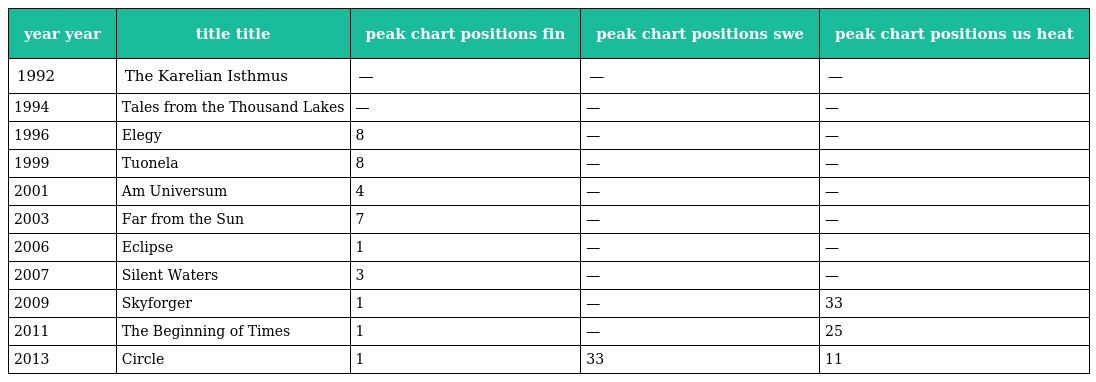
| year year | title title | peak chart positions fin | peak chart positions swe | peak chart positions us heat |
 | --- | --- | --- | --- | --- |
 | 1992 | The Karelian Isthmus | — | — | — |
 | 1994 | Tales from the Thousand Lakes | — | — | — |
 | 1996 | Elegy | 8 | — | — |
 | 1999 | Tuonela | 8 | — | — |
 | 2001 | Am Universum | 4 | — | — |
 | 2003 | Far from the Sun | 7 | — | — |
 | 2006 | Eclipse | 1 | — | — |
 | 2007 | Silent Waters | 3 | — | — |
 | 2009 | Skyforger | 1 | — | 33 |
 | 2011 | The Beginning of Times | 1 | — | 25 |
 | 2013 | Circle | 1 | 33 | 11 |